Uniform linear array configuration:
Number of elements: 8
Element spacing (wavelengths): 0.5
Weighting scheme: uniform
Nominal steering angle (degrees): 30
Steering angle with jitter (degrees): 30.491
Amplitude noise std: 0.05
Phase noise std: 0.05

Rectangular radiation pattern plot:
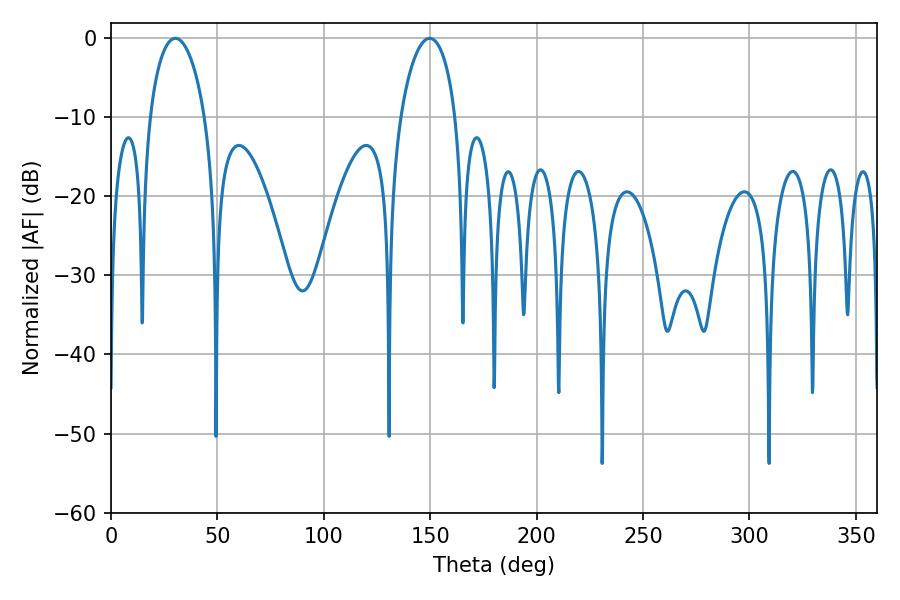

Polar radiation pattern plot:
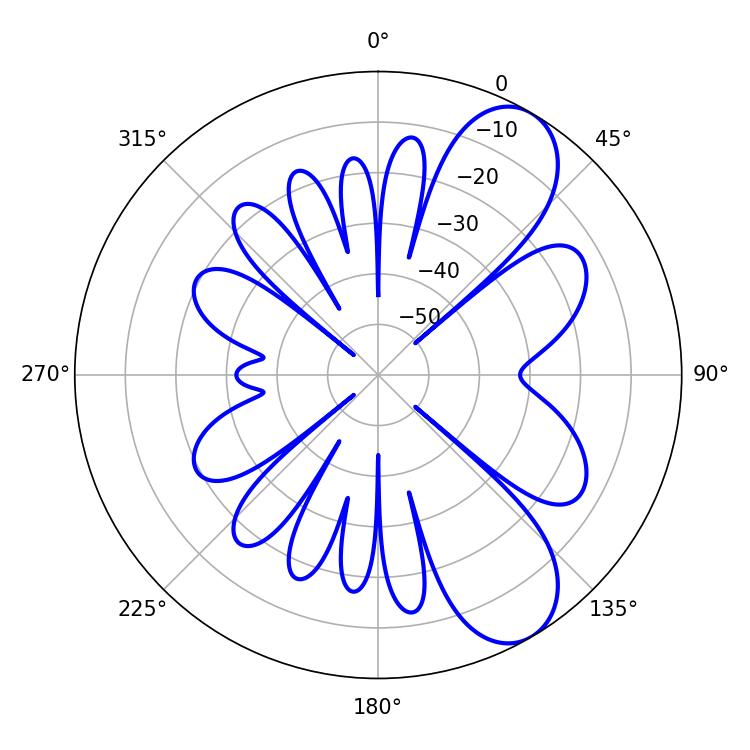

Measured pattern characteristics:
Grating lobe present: FALSE
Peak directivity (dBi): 8.481
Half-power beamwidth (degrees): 14.76
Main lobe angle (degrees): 149.76